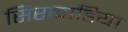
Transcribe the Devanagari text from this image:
सिरकाडिया